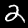
Label: 2